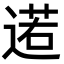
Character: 逽